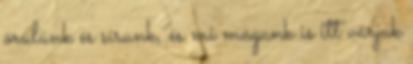
örülünk és sírunk, és mi magunk is itt várjuk